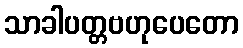
သာခါပတ္တဗဟုပေတော